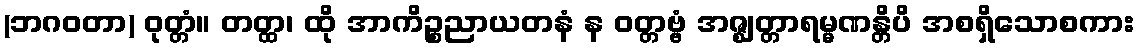
(ဘဂဝတာ) ဝုတ္တံ။ တတ္ထ၊ ထို အာကိဉ္စညာယတနံ န ဝတ္တဗ္ဗံ အဇ္ဈတ္တာရမ္မဏန္တိပိ အစရှိသောစကား